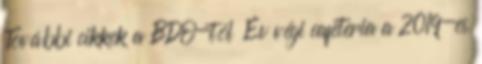
További cikkek a BDO-tól Év végi cafeteria a 2019-es